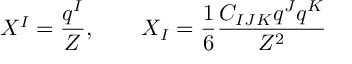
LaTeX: X ^ { I } = \frac { q ^ { I } } { Z } , \qquad X _ { I } = \frac { 1 } { 6 } \frac { C _ { I J K } q ^ { J } q ^ { K } } { Z ^ { 2 } }